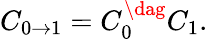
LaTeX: C_{0\to 1}=C_{0}^{\dag}C_{1}.